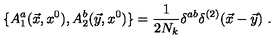
\{ A _ { 1 } ^ { a } ( \vec { x } , x ^ { 0 } ) , A _ { 2 } ^ { b } ( \vec { y } , x ^ { 0 } ) \} = \frac { 1 } { 2 N _ { k } } \delta ^ { a b } \delta ^ { ( 2 ) } ( \vec { x } - \vec { y } ) \ .